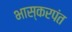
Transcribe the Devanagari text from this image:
भास्करपंत